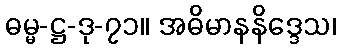
ဓမ္မ-ဋ္ဌ-ဒု-၇၁။ အဓိမာနနိဒ္ဒေသ၊